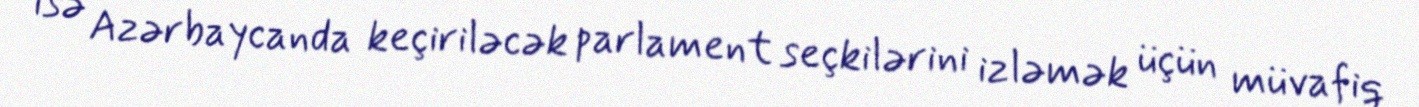
isə Azərbaycanda keçiriləcək parlament seçkilərini izləmək üçün müvafiq